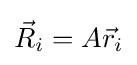
{\vec {R}}_{i}=A{\vec {r}}_{i}